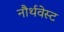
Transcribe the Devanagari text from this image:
नौर्थवेस्ट